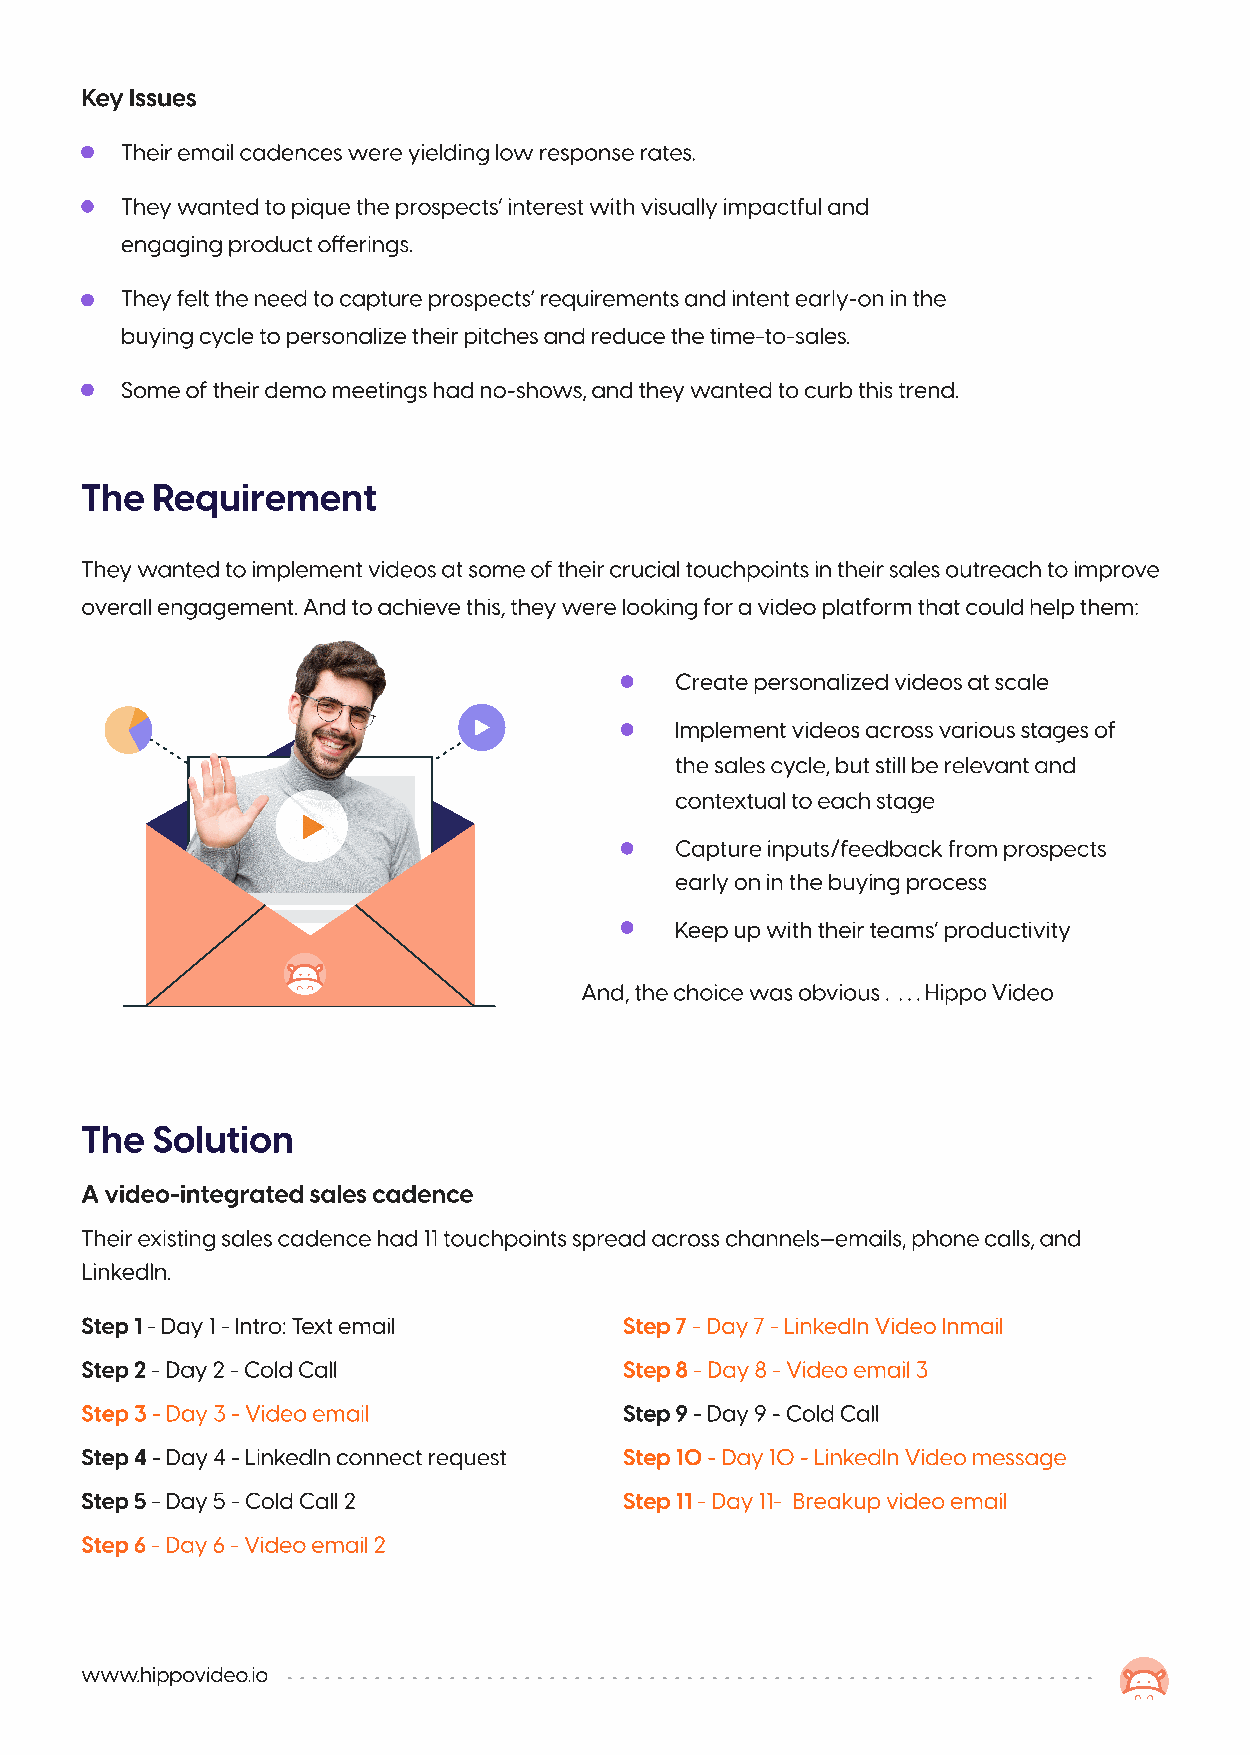
Key Issues
 Their email cadences were yielding low response rates.
 They wanted to pique the prospects’ interest with visually impactful and
 engaging product oerings.
 They felt the need to capture prospects’ requirements and intent early-on in the
 buying cycle to personalize their pitches and reduce the time-to-sales.
 Some of their demo meetings had no-shows, and they wanted to curb this trend.
 The  Requirement
 They wanted to implement videos at some of their crucial touchpoints in their sales outreach to improve
 overall engagement. And to achieve this, they were looking for a video platform that could help them:
 Create personalized videos at scale
 Implement videos across various stages of
 the sales cycle, but still be relevant and
 contextual to each stage
 Capture inputs/feedback from prospects
 early on in the buying process
 Keep up with their teams’ productivity
 And, the choice was obvious . . . . Hippo Video
 The  Solution
 A video-integrated sales cadence
 Their existing sales cadence had 11 touchpoints spread across channels—emails, phone calls, and
 LinkedIn.
 Step 1 - Day 1 - Intro: Text email  Step 7 - Day 7 - LinkedIn Video Inmail
 Step 2 - Day 2 - Cold Call          Step 8 - Day 8 - Video email 3
 Step 3 - Day 3 - Video email        Step 9 - Day 9 - Cold Call
 Step 4 - Day 4 - LinkedIn connect request Step 10 - Day 10 - LinkedIn Video message
 Step 5 - Day 5 - Cold Call 2        Step 11 - Day 11- Breakup video email
 Step 6 - Day 6 - Video email 2
 www.hippovideo.io